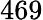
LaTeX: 469